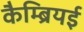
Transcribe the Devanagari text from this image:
कैम्ब्रियई